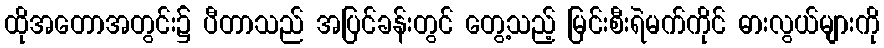
ထိုအတောအတွင်း၌ ပီတာသည် အပြင်ခန်းတွင် တွေ့သည့် မြင်းစီးရဲမက်ကိုင် ဓားလွယ်များကို